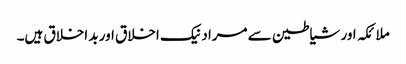
ملائکہ اور شیاطین سے مراد نیک اخلاق اور بد اخلاق ہیں۔